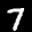
Label: 7